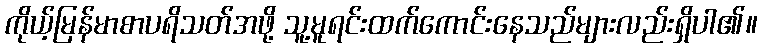
ကိုယ့်မြန်မာစာပရိသတ်အဖို့ သူ့မူရင်းထက်ကောင်းနေသည်များလည်းရှိပါ၏။